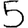
Digit: 5